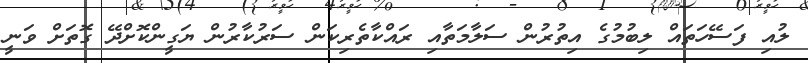
ލުއި ފަސޭހަތައް ލިބުމުގެ އިތުރުން ސަލާމަތާއި ރައްކާތެރިކަން ސަރުކާރުން ޔަގީންކޮށްދޭ ގޮތަށް ވަނީ